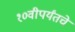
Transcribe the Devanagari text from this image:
१०वीपर्यंतचे